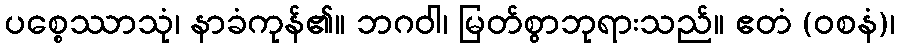
ပစ္စေဿာသုံ၊ နာခံကုန်၏။ ဘဂဝါ၊ မြတ်စွာဘုရားသည်။ ဧတံ (ဝစနံ)၊